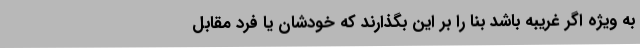
به ویژه اگر غریبه باشد بنا را بر این بگذارند که خودشان یا فرد مقابل